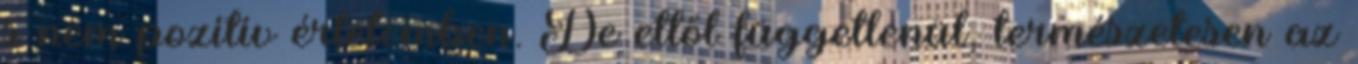
s nem pozitív értelemben. De ettől függetlenül, természetesen az